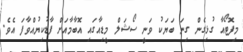
މިފޮޓޯއާ ގުޅިގެން ގިނަ ބަޔަކު ވަނީ ސޯޝަލް މީޑިއާގައި އޮބާމާއަށް ފާޑުކިޔުއްވާފަ އެވެ.